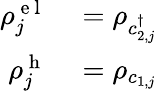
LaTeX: \begin{array}{rl}{\rho_{j}^{\mathrm{~e~l~}}}&{{}=\rho_{c_{2,j}^{\dagger}}}\\ {\rho_{j}^{\mathrm{~h~}}}&{{}=\rho_{c_{1,j}}}\end{array}